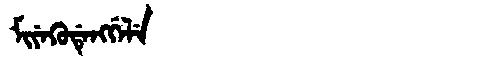
Manchu: ᠮᡳᠶᡝᡴᡠᡩᡝᠩᡤᡝᠯᡝ
Romanization: MIYEKUDENGGELE